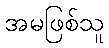
အမဖြစ်သူ